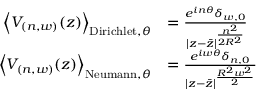
{ \begin{array} { r l } { \left\langle V _ { ( n , w ) } ( z ) \right\rangle _ { { \mathrm { D i r i c h l e t } } , \theta } } & { = { \frac { e ^ { i n \theta } \delta _ { w , 0 } } { | z - { \bar { z } } | ^ { \frac { n ^ { 2 } } { 2 R ^ { 2 } } } } } } \\ { \left\langle V _ { ( n , w ) } ( z ) \right\rangle _ { { \mathrm { N e u m a n n } } , \theta } } & { = { \frac { e ^ { i w \theta } \delta _ { n , 0 } } { | z - { \bar { z } } | ^ { \frac { R ^ { 2 } w ^ { 2 } } { 2 } } } } } \end{array} }